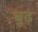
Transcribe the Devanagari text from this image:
बुढ़